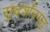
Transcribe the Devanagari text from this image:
सुदर्शनगढ़